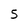
Character: 5